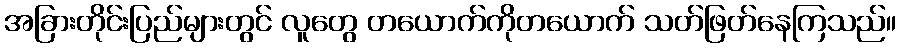
အခြားတိုင်းပြည်များတွင် လူတွေ တယောက်ကိုတယောက် သတ်ဖြတ်နေကြသည်။